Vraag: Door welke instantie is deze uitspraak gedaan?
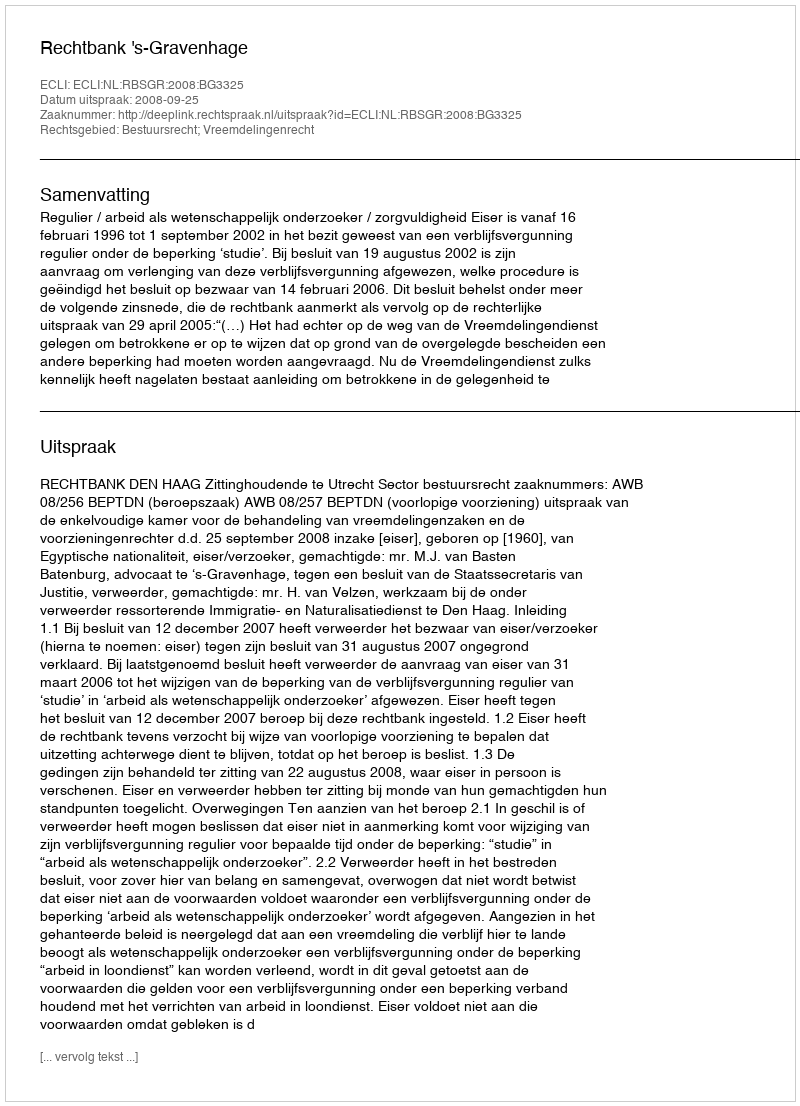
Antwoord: Rechtbank 's-Gravenhage